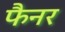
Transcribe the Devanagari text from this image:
फैनर